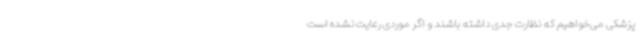
پزشکی می‌خواهیم که نظارت جدی داشته باشند و اگر موردی رعایت نشده است